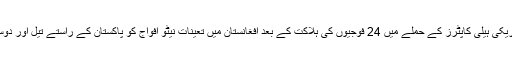
پاکستان نےسلالہ چیک پوسٹ پر امریکی ہیلی کاپٹرز کے حملے میں 24 فوجیوں کی ہلاکت کے بعد افغانستان میں تعینات نیٹو افواج کو پاکستان کے راستے تیل اور دوسری رسد کی فراہمی روک دی تھی۔